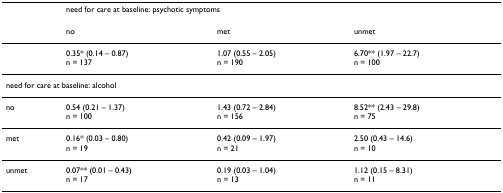
|  | <COLSPAN=3> need for care at baseline: psychotic symptoms |
 | --- | --- | --- | --- |
 |  | no | met | unmet |
 |  | 0.35* (0.14 – 0.87)n = 137 | 1.07 (0.55 – 2.05)n = 190 | 6.70** (1.97 – 22.7)n = 100 |
 | <COLSPAN=4> need for care at baseline: alcohol |
 | no | 0.54 (0.21 – 1.37)n = 100 | 1.43 (0.72 – 2.84)n = 156 | 8.52** (2.43 – 29.8)n = 75 |
 | met | 0.16* (0.03 – 0.80)n = 19 | 0.42 (0.09 – 1.97)n = 21 | 2.50 (0.43 – 14.6)n = 10 |
 | unmet | 0.07** (0.01 – 0.43)n = 17 | 0.19 (0.03 – 1.04)n = 13 | 1.12 (0.15 – 8.31)n = 11 |